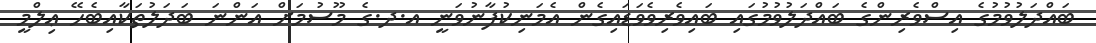
ބައްދަލުވުމުގެ އިސްވެރިންގެ ބައްދަލުވުމުގައި ބައިވެރިވެވަޑައިގެން އެމަނިކުފާނުވަނީ އ.ދ.ގެ މޫސުމަށް އަންނަ ބަދަލުތަކާއިބެހޭ ޢިލްމީ